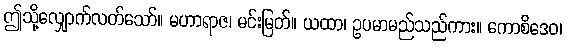
ဤသို့လျှောက်လတ်သော်။ မဟာရာဇ၊ မင်းမြတ်။ ယထာ၊ ဥပမာမည်သည်ကား။ ကောစိဒေဝ၊